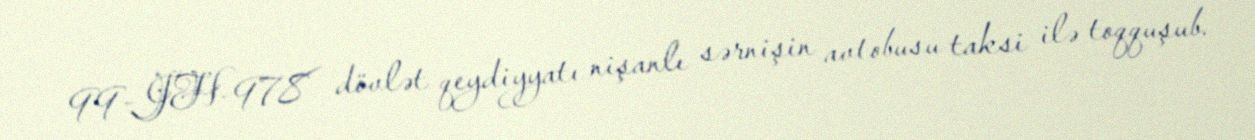
99-JH-978 dövlət qeydiyyatı nişanlı sərnişin avtobusu taksi ilə toqquşub.